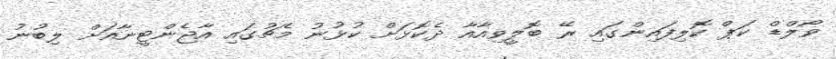
ވޯލްޑް ކަޕް ކޮލިފައިންގައި ރޭ ބޮލީވިއާއާ ދެކޮޅަށް ކުޅުނު މެޗުގައި އާޖެންޓީނާއަށް ލިބުނު